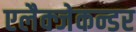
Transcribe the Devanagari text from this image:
एलैक्जेकन्डर